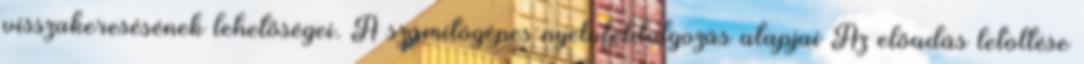
visszakeresésének lehetőségei. A számítógépes nyelvfeldolgozás alapjai Az előadás letöltése